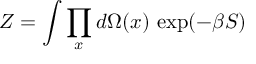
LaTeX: Z = \int \prod _ { x } d \Omega ( x ) \, \exp ( - \beta S )